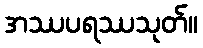
အဿပရဿသုတ်။